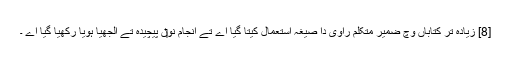
[8] زیادہ تر کتاباں وچ ضمیر متکلم راوی دا صیغہ استعمال کیتا گیا اے تے انجام نو‏‏ں پیچیدہ تے اُلجھیا ہويا رکھیا گیا اے ۔